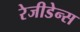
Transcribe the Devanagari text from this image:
रेजीडेन्स